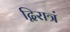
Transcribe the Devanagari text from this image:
द्विरात्रं